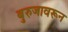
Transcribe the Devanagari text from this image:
बुरुजावरून